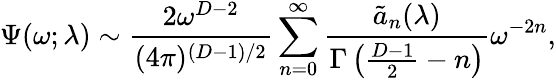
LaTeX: \Psi(\omega;\lambda)\sim{\frac{2\omega^{D-2}}{(4\pi)^{(D-1)/2}}}\sum_{n=0}^{\infty}{\frac{\tilde{a}_{n}(\lambda)}{\Gamma\left({\frac{D-1}{2}}-n\right)}}\omega^{-2n},